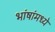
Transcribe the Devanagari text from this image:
भांषांमध्ये